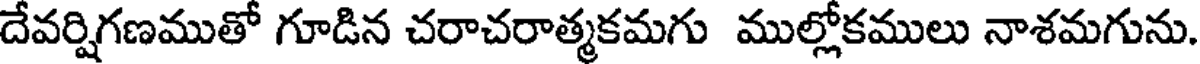
దేవర్షిగణముతో గూడిన చరాచరాత్మకమగు ముల్లోకములు నాశమగును.